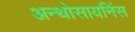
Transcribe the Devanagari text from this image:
अन्थोसायनिंस